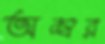
অম্বর